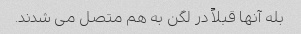
بله آنها قبلاً در لگن به هم متصل می شدند.